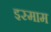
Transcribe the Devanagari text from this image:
इस्माम